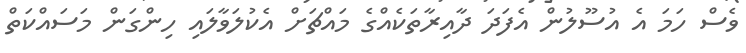
ވެސް ހަމަ އެ އުސޫލުން އެފަދަ ދާއިރާތަކެއްގެ މައްޗަށް އެކުލަވާލައި ހިންގަން މަސައްކަތް